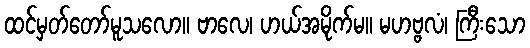
ထင်မှတ်တော်မူသလော။ ဗာလေ၊ ဟယ်အမိုက်မ။ မဟဗ္ဗလံ၊ ကြီးသော